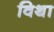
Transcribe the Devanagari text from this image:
विथा